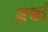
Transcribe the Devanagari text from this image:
झुन्झुनुँ